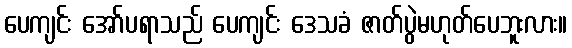
ပေကျင်း အော်ပရာသည် ပေကျင်း ဒေသခံ ဇာတ်ပွဲမဟုတ်ပေဘူးလား။